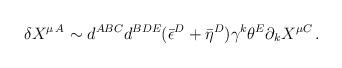
LaTeX: \begin{align*}\delta X^{\mu\,A} \sim d^{ABC}d^{BDE} (\bar\epsilon^D + \bar\eta^D) \gamma^k\theta^E\partial_k X^{\mu C}\,.\end{align*}